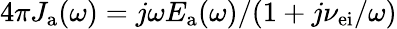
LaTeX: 4\pi J_{\mathrm{a}}(\omega)=j\omega E_{\mathrm{a}}(\omega)/(1+j\nu_{\mathrm{ei}}/\omega)